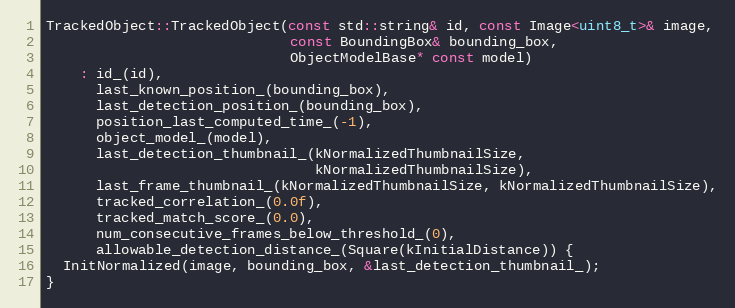
Language: C++
TrackedObject::TrackedObject(const std::string& id, const Image<uint8_t>& image,
                             const BoundingBox& bounding_box,
                             ObjectModelBase* const model)
    : id_(id),
      last_known_position_(bounding_box),
      last_detection_position_(bounding_box),
      position_last_computed_time_(-1),
      object_model_(model),
      last_detection_thumbnail_(kNormalizedThumbnailSize,
                                kNormalizedThumbnailSize),
      last_frame_thumbnail_(kNormalizedThumbnailSize, kNormalizedThumbnailSize),
      tracked_correlation_(0.0f),
      tracked_match_score_(0.0),
      num_consecutive_frames_below_threshold_(0),
      allowable_detection_distance_(Square(kInitialDistance)) {
  InitNormalized(image, bounding_box, &last_detection_thumbnail_);
}